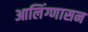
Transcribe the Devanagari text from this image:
आलिंग्णासन